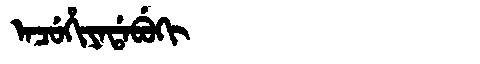
Manchu: ᠠᠴᡠᡥᡳᠶᠠᡩᠠᠪᡠᡴᡳ
Romanization: ACUHIYADABUKI